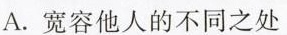
A.宽容他人的不同之处